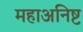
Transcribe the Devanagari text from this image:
महाअनिष्ट